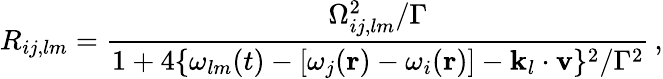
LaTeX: R_{ij,lm}=\frac{\Omega_{ij,lm}^{2}/\Gamma}{1+4\{ \omega_{lm}(t)-[\omega_{j}(\mathbf{r})-\omega_{i}(\mathbf{r})]-\textbf{k}_{l}\cdot\textbf{v}\} ^{2}/\Gamma^{2}}\, ,